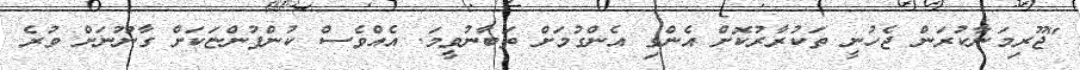
"ޖޫރިމަނާކުރަން ޖެހުނީ ތަކުރާރުކޮށް އެންގި އެންގުމަށް ތަބާނުވީމަ. އެއްވެސް ކުންފުންޏަކަށް ގާނޫނަށް ވުރެ